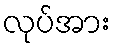
လုပ်အား